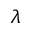
\lambda